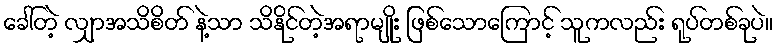
ခေါ်တဲ့ လျှာအသိစိတ် နဲ့သာ သိနိုင်တဲ့အရာမျိုး ဖြစ်သောကြောင့် သူကလည်း ရုပ်တစ်ခုပဲ။